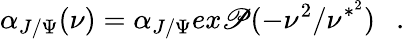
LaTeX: \alpha_{J/\Psi}(\nu)=\alpha_{J/\Psi}ex\mathscr{P}(-\nu^{2}/\nu^{*^{2}})\ \ \ .